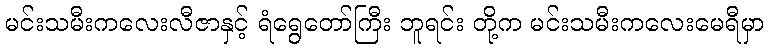
မင်းသမီးကလေးလီဇာနှင့် ရံရွေတော်ကြီး ဘူရင်း တို့က မင်းသမီးကလေးမေရီမှာ